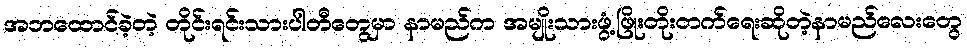
အဘထောင်ခဲ့တဲ့ တိုင်းရင်းသားပါတီတွေမှာ နာမည်က အမျိုးသားဖွံ့ဖြိုးတိုးတက်ရေးဆိုတဲ့နာမည်လေးတွေ